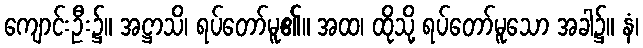
ကျောင်းဦး၌။ အဋ္ဌာသိ၊ ရပ်တော်မူ၏။ အထ၊ ထိုသို့ ရပ်တော်မူသော အခါ၌။ နံ၊